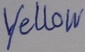
Text: Yellow